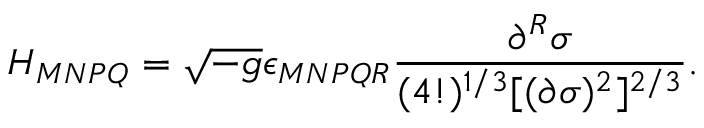
H _ { M N P Q } = \sqrt { - g } \epsilon _ { M N P Q R } \frac { \partial ^ { R } \sigma } { ( 4 ! ) ^ { 1 / 3 } [ ( \partial \sigma ) ^ { 2 } ] ^ { 2 / 3 } } .